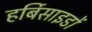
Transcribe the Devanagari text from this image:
हर्बिसाइडों